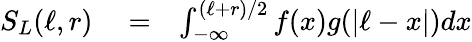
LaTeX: \begin{array}{rlr}{S_{L}(\ell,r)}&{{}=}&{\int_{-\infty}^{(\ell+r)/2}f(x)g(|\ell-x|)dx}\end{array}